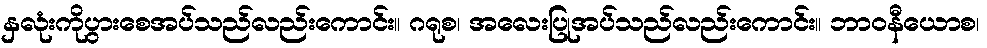
နှလုံးကိုပွားစေအပ်သည်လည်းကောင်း။ ဂရုစ၊ အလေးပြုအပ်သည်လည်းကောင်း။ ဘာဝနီယောစ၊